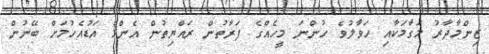
ޒިންމާދާރު މަގާމަކާއި ހަވާލުވެ ހުންނަ މީހެއްގެ ފަރާތުން ރައްޔިތުން އެންމެ އަޑުއެހުމަށް ބޭނުން